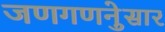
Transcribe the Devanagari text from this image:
जणगणनेुसार